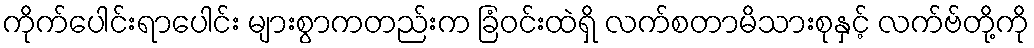
ကိုက်ပေါင်းရာပေါင်း များစွာကတည်းက ခြံဝင်းထဲရှိ လက်စတာမိသားစုနှင့် လက်ဗ်တို့ကို